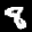
Label: 8